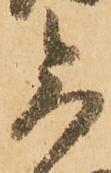
尚